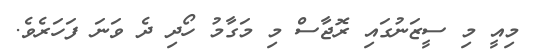
މިއީ މި ސީޒަނުގައި ރޮޖާސް މި މަގާމު ހޯދި ދެ ވަނަ ފަހަރެވެ.